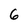
Character: 6